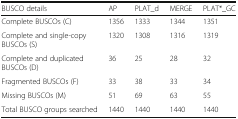
<table><thead><tr><td><b>BUSCO details</b></td><td><b>AP</b></td><td><b>PLAT_d</b></td><td><b>MERGE</b></td><td><b>PLAT*_GC</b></td></tr></thead><tbody><tr><td>Complete BUSCOs (C)</td><td>1356</td><td>1333</td><td>1344</td><td>1351</td></tr><tr><td>Complete and single-copy BUSCOs (S)</td><td>1320</td><td>1308</td><td>1316</td><td>1319</td></tr><tr><td>Complete and duplicated BUSCOs (D)</td><td>36</td><td>25</td><td>28</td><td>32</td></tr><tr><td>Fragmented BUSCOs (F)</td><td>33</td><td>38</td><td>33</td><td>34</td></tr><tr><td>Missing BUSCOs (M)</td><td>51</td><td>69</td><td>63</td><td>55</td></tr><tr><td>Total BUSCO groups searched</td><td>1440</td><td>1440</td><td>1440</td><td>1440</td></tr></tbody></table>